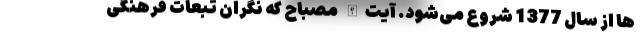
ها از سال 1377 شروع می‌شود. آیت‌الله مصباح که نگران تبعات فرهنگی